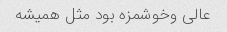
عالی وخوشمزه بود مثل همیشه